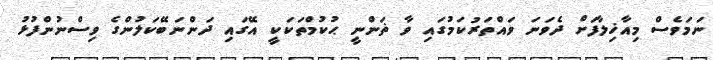
ނަމަވެސް މިއާޚިލާފަށް ދެވަނަ ވައްތަރުކަމުގައި ވާ ޡަންނީ ޙުކުމްތަކަކީ އޭގައި ދަންނަބޭކަލުންގެ ވިސްނުންފުޅު